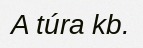
A túra kb.